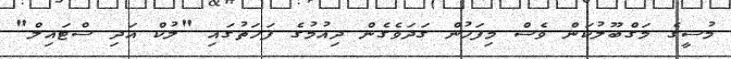
މުސީގެ މަގްބޫލުކަން ވެސް މިފަހުން ގަދަވެގެން ދިއުމުގެ ފަހަތުގައި "ލުކް އަދި ސްޓައިލް"